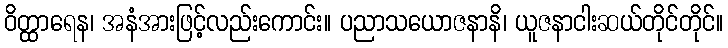
ဝိတ္ထာရေန၊ အနံအားဖြင့်လည်းကောင်း။ ပညာသယောဇနာနိ၊ ယူဇနာငါးဆယ်တိုင်တိုင်။